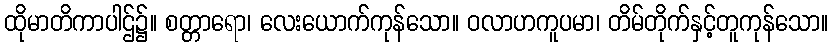
ထိုမာတိကာပါဌ်၌။ စတ္တာရော၊ လေးယောက်ကုန်သော။ ဝလာဟကူပမာ၊ တိမ်တိုက်နှင့်တူကုန်သော။